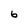
Character: 6